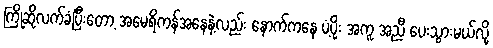
ကြိုဆိုလက်ခံပြီးတော့ အမေရိကန်အနေနဲ့လည်း နောက်ကနေ ပံ့ပိုး အကူ အညီ ပေးသွားမယ်လို့